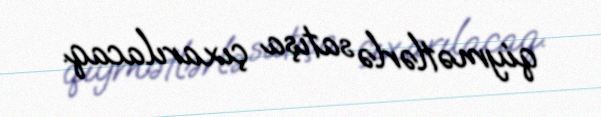
qiymətlərlə satışa çıxarılacaq.